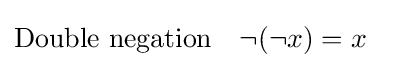
{\begin{aligned}&{\text{Double negation}}&\neg {(\neg {x})}&=x\end{aligned}}